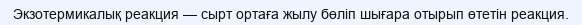
Экзотермикалық реакция — сырт ортаға жылу бөліп шығара отырып өтетін реакция.